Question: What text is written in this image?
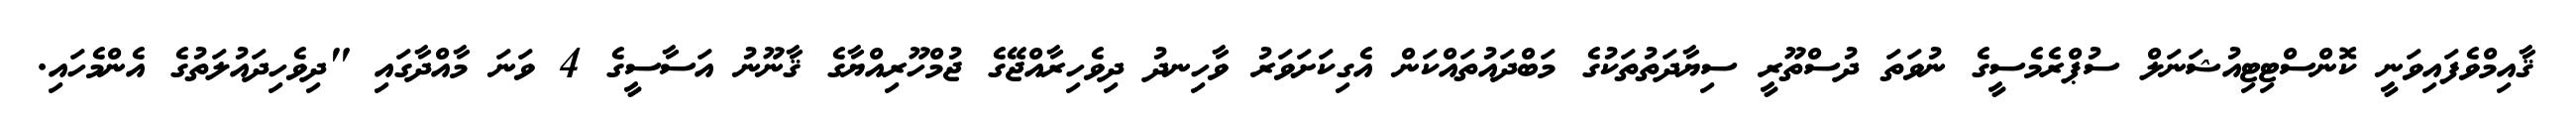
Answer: ޤާއިމްވެފައިވަނީ ކޮންސްޓިޓިއުޝަނަލް ސުޕްރެމެސީގެ ނުވަތަ ދުސްތޫރީ ސިޔާދަތުތަކުގެ މަބްދައުތައްކަން އެގިކަށަވަރު ވާހިނދު ދިވެހިރާއްޖޭގެ ޖުމްހޫރިއްޔާގެ ޤާނޫނު އަސާސީގެ 4 ވަނަ މާއްދާގައި "ދިވެހިދައުލަތުގެ އެންމެހައި.